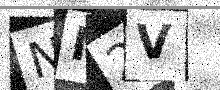
Text: NM2V